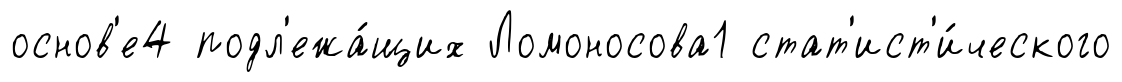
основ'е4 подл'ежа́щих Ломоносова1 стат'ист'и́ческого